Annual report of the Civil Veterinary Department, Bengal, for the year 1897-98 - 1897-1898
Year: 1897
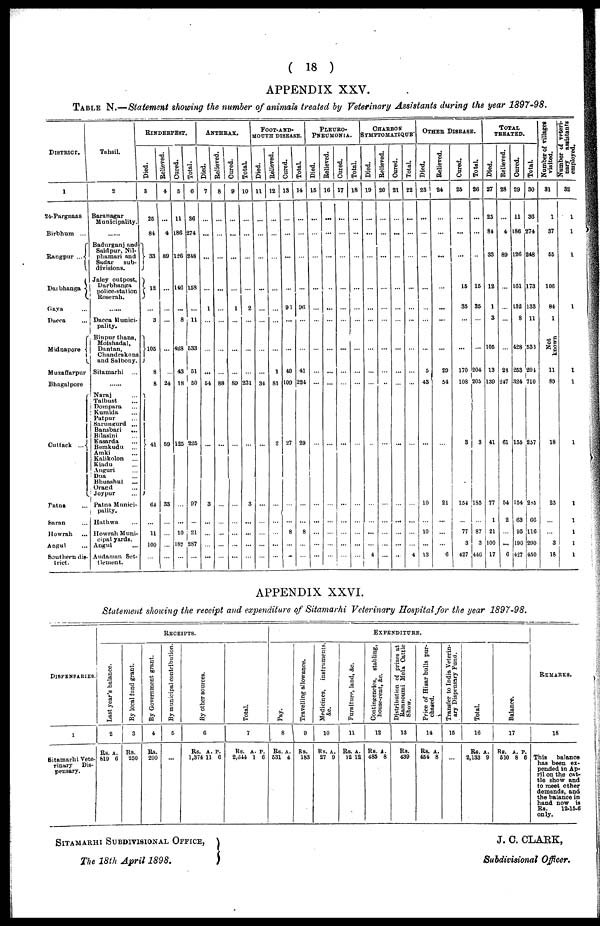
( 18 )
APPENDIX XXV.
TABLE N.—Statement showing the number of animals treated by Veterinary Assistants during the year 1897-98.
DISTRICT.
1
24-Pargnaas
Birbhum ...
Rangpur ...
Darbhanga
Gaya ...
Dacca ...
Midnapore
Muzaffarpur
Bhagalpore
Cuttack
...
Patna
Saran ...
Howrah ...
Angul ...
Southern dis-
trict.
Tahsil.
2
Baranagar
Municipality.
......
Badurganj and
Saidpur, Nil-
phamari and
Sadar
sub-
divisions.
Jaley outpost,
Darbhanga
police-station
Roserah.
......
Dacca Munici-
pality.
Binpur thana,
Moishadal,
Dantan,
Chandrakona
and Salbony.
Sitamarhi ...
......
Naraj ...
Talbust ...
Dompara ...
Kumida ...
Patpur ...
Sarungurd ...
Bansbari
...
Bilasini ...
Kasarda ...
Bemkudu ...
Amki ...
Kalikolon ...
Kiadu ...
Anguri ...
Dua ...
Bhuashul ...
Orand ...
Joypur ...
Patna Munici-
pality.
Hathwa ...
Howrah Muni-
cipal yards.
Angul ...
Andaman Set-
tlement.
RINDERPEST.
Died.
3
25
84
33
12
...
3
105
8
8
41
64
...
11
100
...
Relieved.
4
...
4
89
...
...
...
...
...
24
59
33
...
...
...
...
Cured.
5
11
186
126
146
...
8
428
43
18
125
...
...
10
187
...
Total.
6
36
274
248
158
...
11
533
51
50
225
97
...
21
287
...
ANTHRAX.
Died.
7
...
...
...
...
1
...
...
...
64
...
3
...
...
...
...
Relieved.
8
...
...
...
...
...
...
...
...
88
...
...
...
...
...
...
Cured.
9
...
...
...
...
1
...
...
...
89
...
...
...
...
...
...
Total.
10
...
...
...
...
2
...
...
...
231
...
3
...
...
...
...
FOOT-AND-
MOUTH DISEASE.
Died.
11
...
...
...
...
...
...
...
...
34
...
...
...
...
...
...
Relieved.
12
...
...
...
...
...
...
...
1
81
2
...
...
...
...
...
Cured.
13
...
...
...
...
93
...
...
40
109
27
...
...
8
...
...
Total.
14
...
...
...
...
90
...
...
41
224
29
...
...
8
...
...
PLEURO-
PNEUMONIA.
Died.
15
...
...
...
...
...
...
...
...
...
...
...
...
...
...
...
Relieved.
16
...
...
...
...
...
...
...
...
...
...
...
...
...
...
...
Cured.
17
...
...
...
...
...
...
...
...
...
...
...
...
...
...
...
Total.
18
...
...
...
...
...
...
...
...
...
...
...
...
...
...
...
CHARBON
SYMPTOMATIQUE
Died.
19
...
...
...
...
...
...
...
...
...
..
...
...
...
...
4
Relieved.
20
...
...
...
...
...
...
...
...
..
...
...
...
...
...
...
Cured.
21
...
...
...
...
...
...
...
...
...
...
...
...
...
...
..
Total.
22
...
...
...
...
...
...
...
...
...
...
...
...
...
...
4
OTHER DISEASE.
Died.
23
...
...
...
...
...
...
...
5
43
...
10
...
10
...
13
Relieved.
24
...
...
...
...
...
...
...
29
54
...
21
...
...
...
6
Cured.
25
...
...
...
15
35
...
...
170
108
3
154
...
77
3
427
Total.
26
...
...
...
15
35
...
...
204
205
3
185
...
87
3
440
TOTAL
TREATED.
Died.
27
25
84
33
12
1
3
105
13
139
41
77
1
21
100
17
Relieved.
28
...
4
89
...
...
...
...
28
247
61
54
2
...
...
6
Cured.
29
11
186
126
161
132
8
428
253
324
155
154
63
95
190
427
Total.
30
36
274
248
173
133
11
533
294
710
257
285
66
116
290
450
Number of villages
visited.
31
1
37
55
106
84
1
Not
known
11
89
18
25
...
...
3
18
Number of veteri-
nary
assistants
employed.
32
1
1
1
1
1
1
1
1
1
1
1
1
APPENDIX XXVI.
Statement showing the receipt and expenditure of Sitamarhi Veterinary Hospital for the year 1897-98.
DISPENSARIES.
1
Sitamarhi Vete-
rinary
Dis-
pensary.
RECEIPTS.
Last year's balance.
2
Rs. A.
619 6
By local fund grant.
3
Rs.
250
By Government grant.
4
Rs.
200
By municipal contribution.
5
...
By other sources.
6
Rs. A. P.
1,374 11 6
Total.
7
Rs. A. P.
2,314 1 6
EXPENDITURE.
Pay.
8
Rs. A.
531 4
Travelling allowance.
9
Rs.
183
Medicines, instruments,
&c.
10
Rs. A.
27 9
Furniture, land, &c.
11
Rs. A.
12 12
Contingencies, stabling,
house-rent, &c.
12
Rs. A.
485 8
Distribution of prizes at
Ramnoumi Mela Cattle
Show.
13
Rs.
439
Price of Hisar bulls pur-
chased.
14
Rs. A.
454 8
Transfer to India Veterin-
ary Dispensary Fund.
15
...
Total.
16
Rs. A.
2,133 9
Balance.
17
Rs. A. P.
510 8 6
REMARKS.
18
This
balance
has been ex-
pended in Ap-
ril on the cat-
tle show and
to meet other
demands, and
the balance in
hand now is
Rs.
12-15-6
only.
SITAMARHI SUBDIVISIONAL OFFICE,
The 18th April 1898.
J. C. CLARK,
Subdivisional Officer.